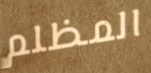
المظلم